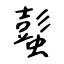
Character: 蟚